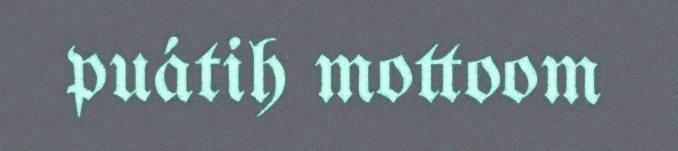
puátih mottoom